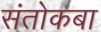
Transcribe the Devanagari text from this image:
संतोकबा